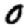
Digit: 0